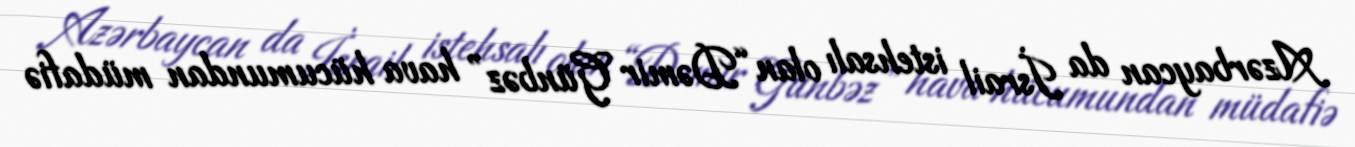
Azərbaycan da İsrail istehsalı olan “Dəmir Günbəz” hava hücumundan müdafiə